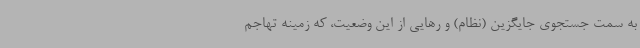
به سمت جستجوی جایگزین (نظام) و رهایی از این وضعیت، که زمینه تهاجم